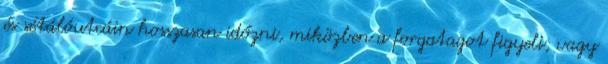
és sétálóutcáin hosszasan időzni, miközben a forgatagot figyeli, vagy